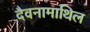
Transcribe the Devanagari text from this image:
दैवनामाथिल